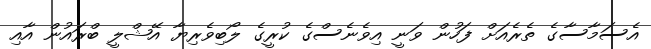
އެސަމާސާގެ ތެރެއަށް ފަހުން ވަނީ އިވެނެސްގެ ކުރީގެ ލޯބިވެރިޔާ އޭޝްލީ ބްރައުން އާއި